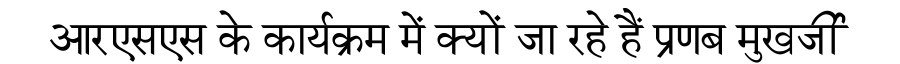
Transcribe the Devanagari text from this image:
आरएसएस के कार्यक्रम में क्यों जा रहे हैं प्रणब मुखर्जी